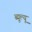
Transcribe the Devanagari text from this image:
ब्यूल्यू